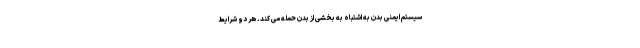
سیستم ایمنی بدن به اشتباه به بخشی از بدن حمله می کند. هر دو شرایط